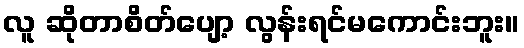
လူ ဆိုတာစိတ်ပျော့ လွန်းရင်မကောင်းဘူး။